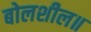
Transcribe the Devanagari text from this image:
बोलशील॥